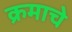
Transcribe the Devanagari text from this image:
क्रमाचे